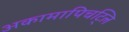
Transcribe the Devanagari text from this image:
अकामापिचट्लि